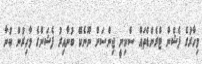
މިހާރުގެ ފެޝްން ޓްރެންޑްތައް ސްކިނީ ޖިންސަށް ނޫނެކޭ ބުނާއިރު ފެޝަންގެ މާހިރުން ބުނާ